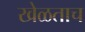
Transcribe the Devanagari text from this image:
खेळताच